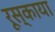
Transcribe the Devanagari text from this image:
रूस्काया